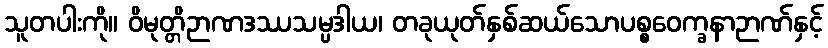
သူတပါးကို။ ဝိမုတ္တိဉာဏဒဿသမ္ပဒါယ၊ တခုယုတ်နှစ်ဆယ်သောပစ္စဝေက္ခနာဉာဏ်နှင့်